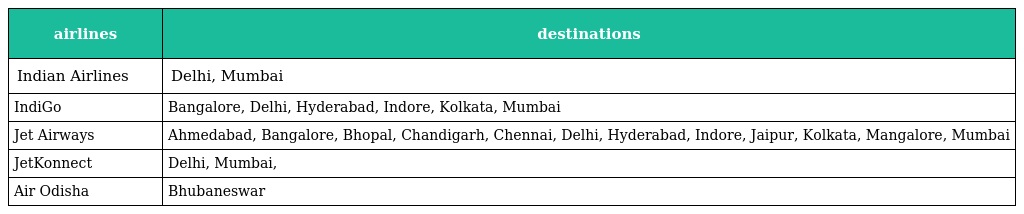
| airlines | destinations |
 | --- | --- |
 | Indian Airlines | Delhi, Mumbai |
 | IndiGo | Bangalore, Delhi, Hyderabad, Indore, Kolkata, Mumbai |
 | Jet Airways | Ahmedabad, Bangalore, Bhopal, Chandigarh, Chennai, Delhi, Hyderabad, Indore, Jaipur, Kolkata, Mangalore, Mumbai |
 | JetKonnect | Delhi, Mumbai, |
 | Air Odisha | Bhubaneswar |